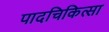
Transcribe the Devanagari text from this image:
पादचिकित्सा